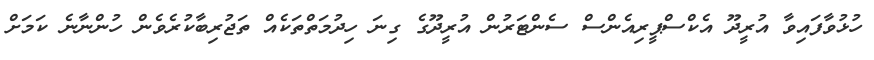
ހުޅުވާފައިވާ އުރީދޫ އެކްސްޕީރިއެންސް ސެންޓަރުން އުރީދޫގެ ގިނަ ހިދުމަތްތަކެއް ތަޖުރިބާކުރެވެން ހުންނާނެ ކަމަށް